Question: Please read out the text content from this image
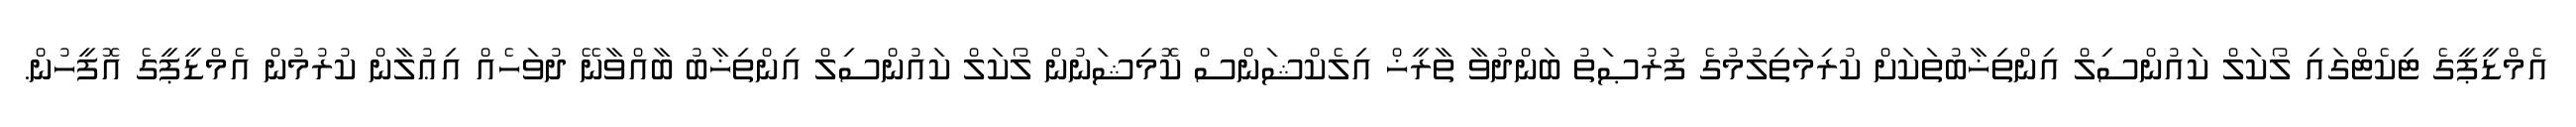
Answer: އެމްޑީޕީގެ ޓިކެޓްގައި ލޯކަލް ކައުންސިލް އިންތިޚާބުތަކަށް ކުރިމަތިލުމުގެ ފުރުޞަތު ބަންދުވާ ތާރީޚް އިލެކްޝަންސް ކޮމިޝަނުން ލޯކަލް ކައުންސިލް އިންތިޚާބު ބާއްވާނޭ ދުވަހެއް އިޢުލާން ކުރުމުން އެމްޑީޕީގެ އޮފީހުން.